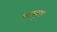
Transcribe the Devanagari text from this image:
भागपुरा